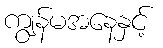
ကျွန်မအနေနှင့်